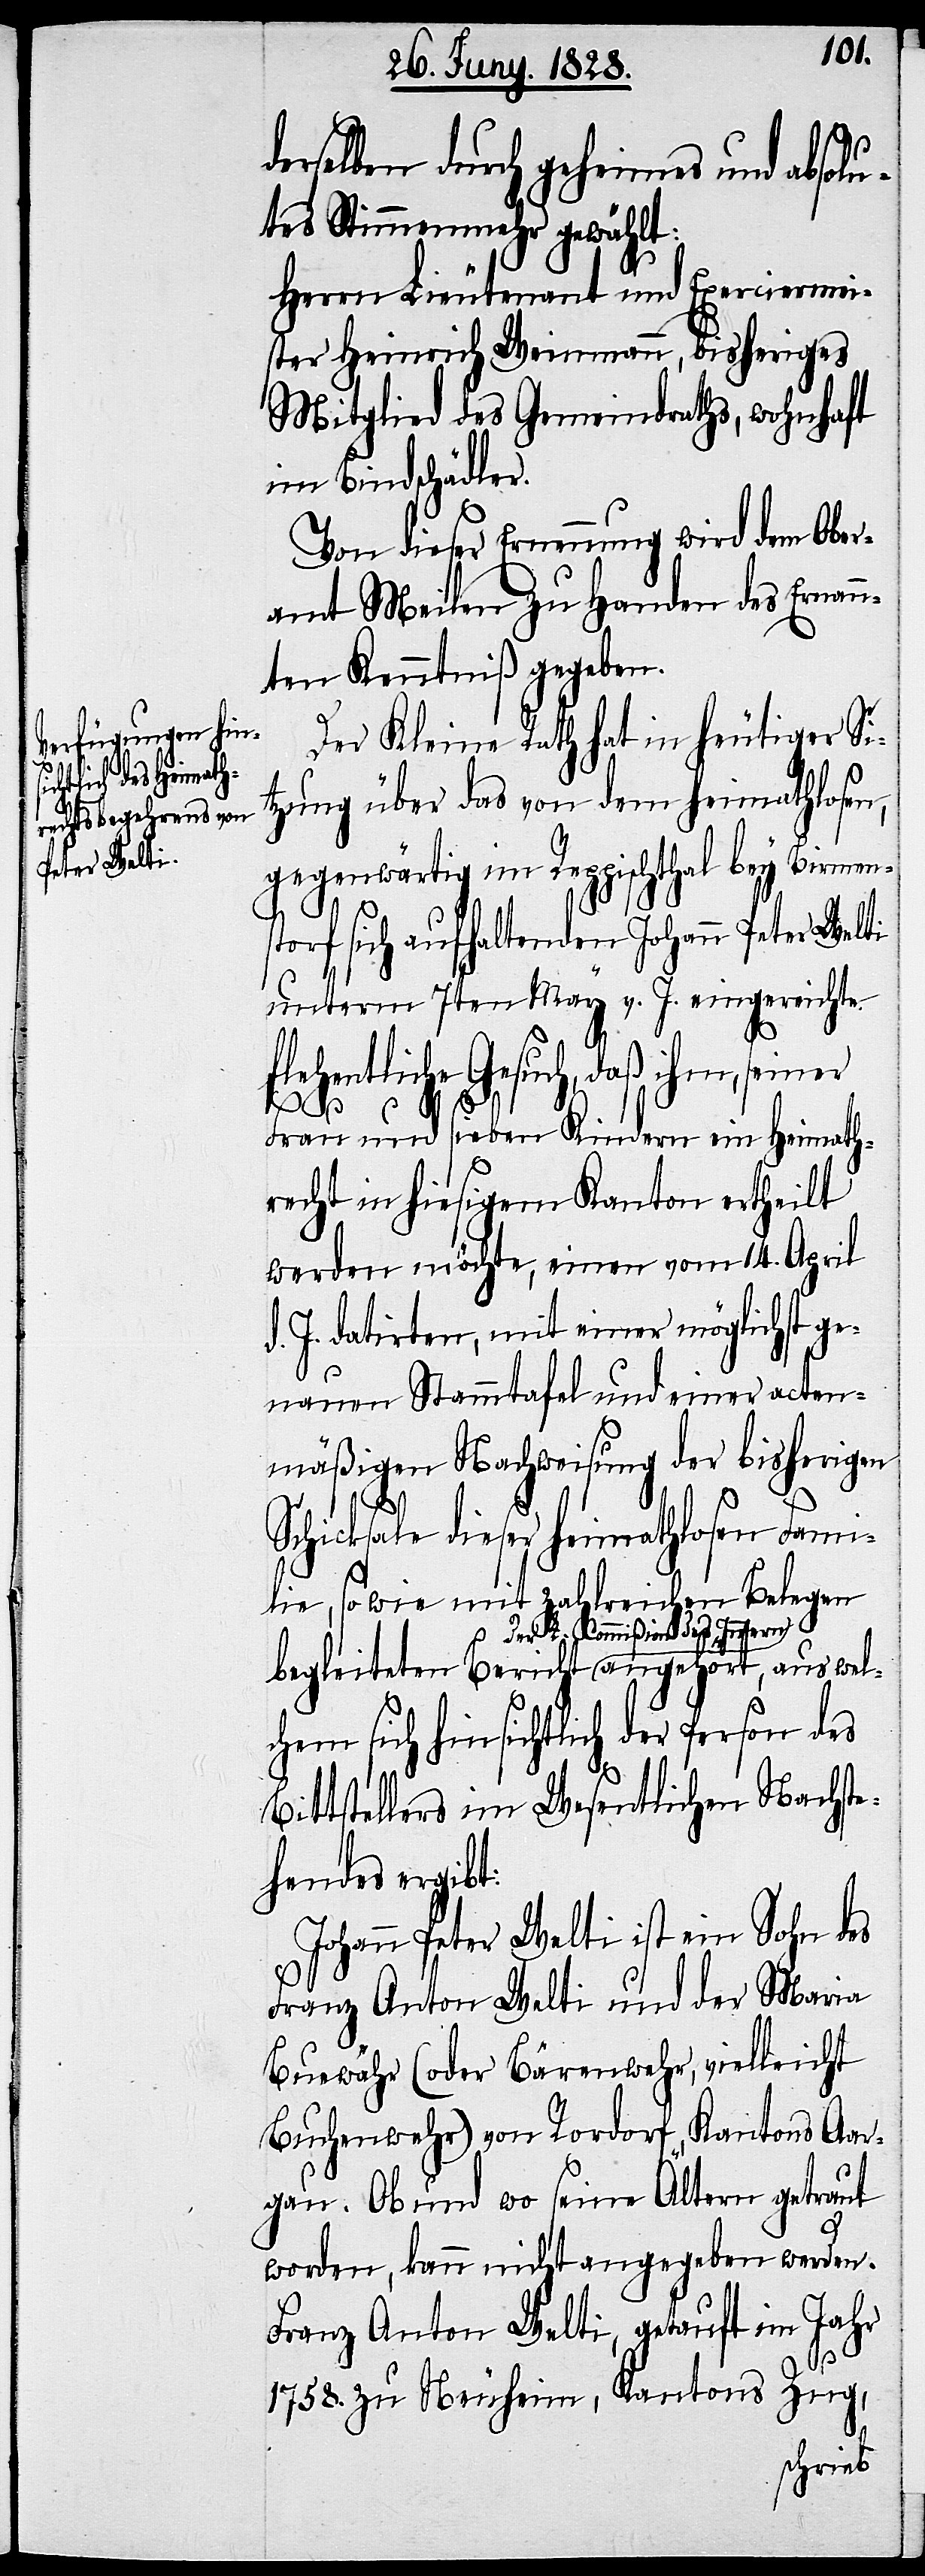
derselben durch geheimes und absolu¬
tes Stimmenmehr gewählt:
Herrn Lieutenant und Exerciermei¬
ster Heinrich Weinmann, bisheriges
Mitglied des Gemeindraths, wohnhaft
im Bindschädler.
Von dieser Ernennung wird dem Ober¬
amt Meilen zu Handen des Ernan¬
nten Kenntniß gegeben.
Der Kleine Rath hat in heutiger Si¬
tzung über das von dem heimathlosen,
gegenwärtig im Reppischthal bey Birmen¬
storf sich aufhaltenden Johann Peter Welti
unterm 7ten May v. J. eingereichte
fl¬
begleiteten Bericht a-d¬
Frau und sieben Kindern ein Heimath¬
recht in hiesigem Kanton ertheilt
werden möchte, einen vom 14. April
.J. datirten, mit einer möglichst ge¬
nauen Stammtafel und einer acten¬
mäßigen Nachweisung der bisherigen
Schicksale dieser heimathlosen Fami¬
lien, so wie mit zahlreichen Belegen
er L. Commißion des Innern-a
chem sich hinsichtlich der Person des
Bittstellers im Wesentlichen Nachste¬
hendes ergibt:
Johann Peter Welti ist ein Sohn des
Franz Anton Welti und der Maria
Buewähr (oder Bärenwehr, vielleicht
Buchenwehr) von Rordorf, Kantons Aar¬
gau. Ob und wo seine Ältern getraut
worden, kann nicht angegeben werde.
Franz Anton Welti, getauft im Jahr
wel¬
1758. zu Neuheim, Kantons Zug,
d.